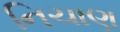
નિચાણ